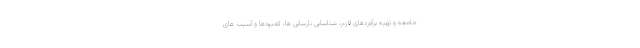
جامعه و تهیه برآوردهای لازم، شناسایی نارسایی ها، کمبودها و آسیب های